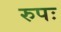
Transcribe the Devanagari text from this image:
रुपः